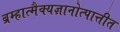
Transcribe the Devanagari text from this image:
ब्रम्हात्मैक्यज्ञानोत्पात्तीत